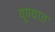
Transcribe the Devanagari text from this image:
पूण्यात